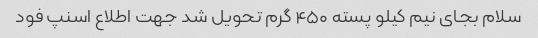
سلام بجای نیم کیلو پسته ۴۵۰ گرم تحویل شد جهت اطلاع اسنپ فود